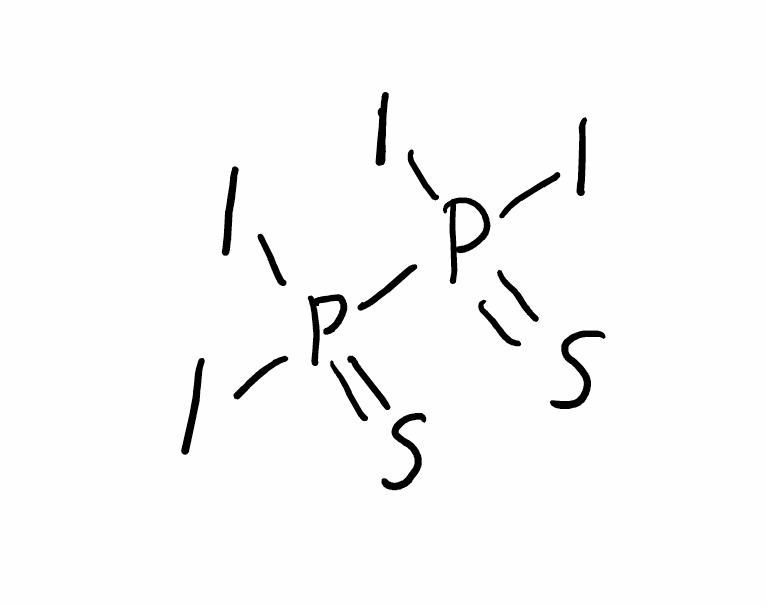
Simplified molecular-input line-entry system (SMILES) notation of the given molecule:
P(=S)(P(=S)(I)I)(I)I